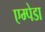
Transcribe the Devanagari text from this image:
एम्पेडा